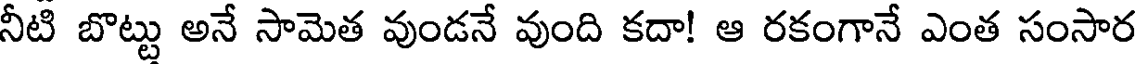
నీటి బొట్టు అనే సామెత వుండనే వుంది కదా! ఆ రకంగానే ఎంత సంసార